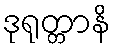
ဒုရုတ္တာနိ